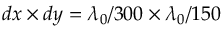
d x \times d y = \lambda _ { 0 } / 3 0 0 \times \lambda _ { 0 } / 1 5 0